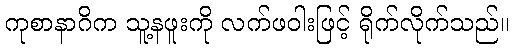
ကုစာနာဂိက သူ့နဖူးကို လက်ဖဝါးဖြင့် ရိုက်လိုက်သည်။